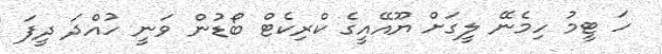
ހަ ޓީމު ހިމެނޭ ލީގަށް ޔޫއޭއީގެ ކްރިކެޓް ބޯޑުން ވަނީ ހުއްދަ ދީފަ